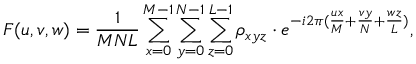
F ( u , v , w ) = \frac { 1 } { M N L } \sum _ { x = 0 } ^ { M - 1 } \sum _ { y = 0 } ^ { N - 1 } \sum _ { z = 0 } ^ { L - 1 } \rho _ { x y z } \cdot e ^ { - i 2 \pi ( \frac { u x } { M } + \frac { v y } { N } + \frac { w z } { L } ) } ,